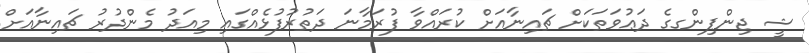
ޝީ ޖިންޕިންގގެ ދަޢުވަތަކަށް ޗައިނާއަށް ކުރައްވާ ފުރަމާނަ ދަތުރުފުޅެއްގައި މިއަދު މެންދުރު ޗައިނާއަށް